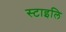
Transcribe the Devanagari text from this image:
स्टाइलि